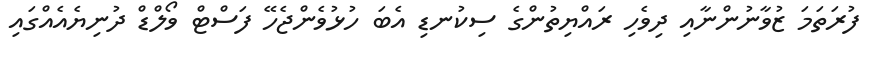
ފުރަތަމަ ޒުވާނުންނާއި ދިވެހި ރައްޔިތުންގެ ސިކުނޑި އެބަ ހުޅުވެންޖެހޭ ފަސްޓް ވޯލްޑް ދުނިޔެއެއްގައި